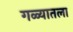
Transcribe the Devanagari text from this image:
गळ्यातला